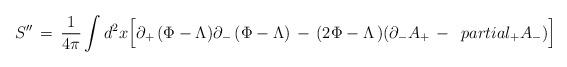
LaTeX: \begin{align*}S^{\prime\prime} \,=\, {1\over 4\pi} \int d^2x \Big[ \partial_+ \,( \Phi - \Lambda )\partial_-\,( \Phi - \Lambda )\,-\, (2 \Phi - \Lambda\,) ( \partial_- A_+ \, - \,\ partial_+ A_- )\Big]\end{align*}